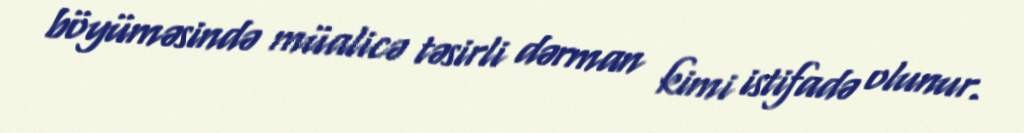
böyüməsində müalicə təsirli dərman kimi istifadə olunur.